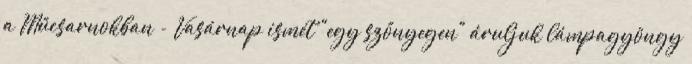
a Műcsarnokban - Vasárnap ismét "egy szőnyegen" áruljuk lámpagyöngy